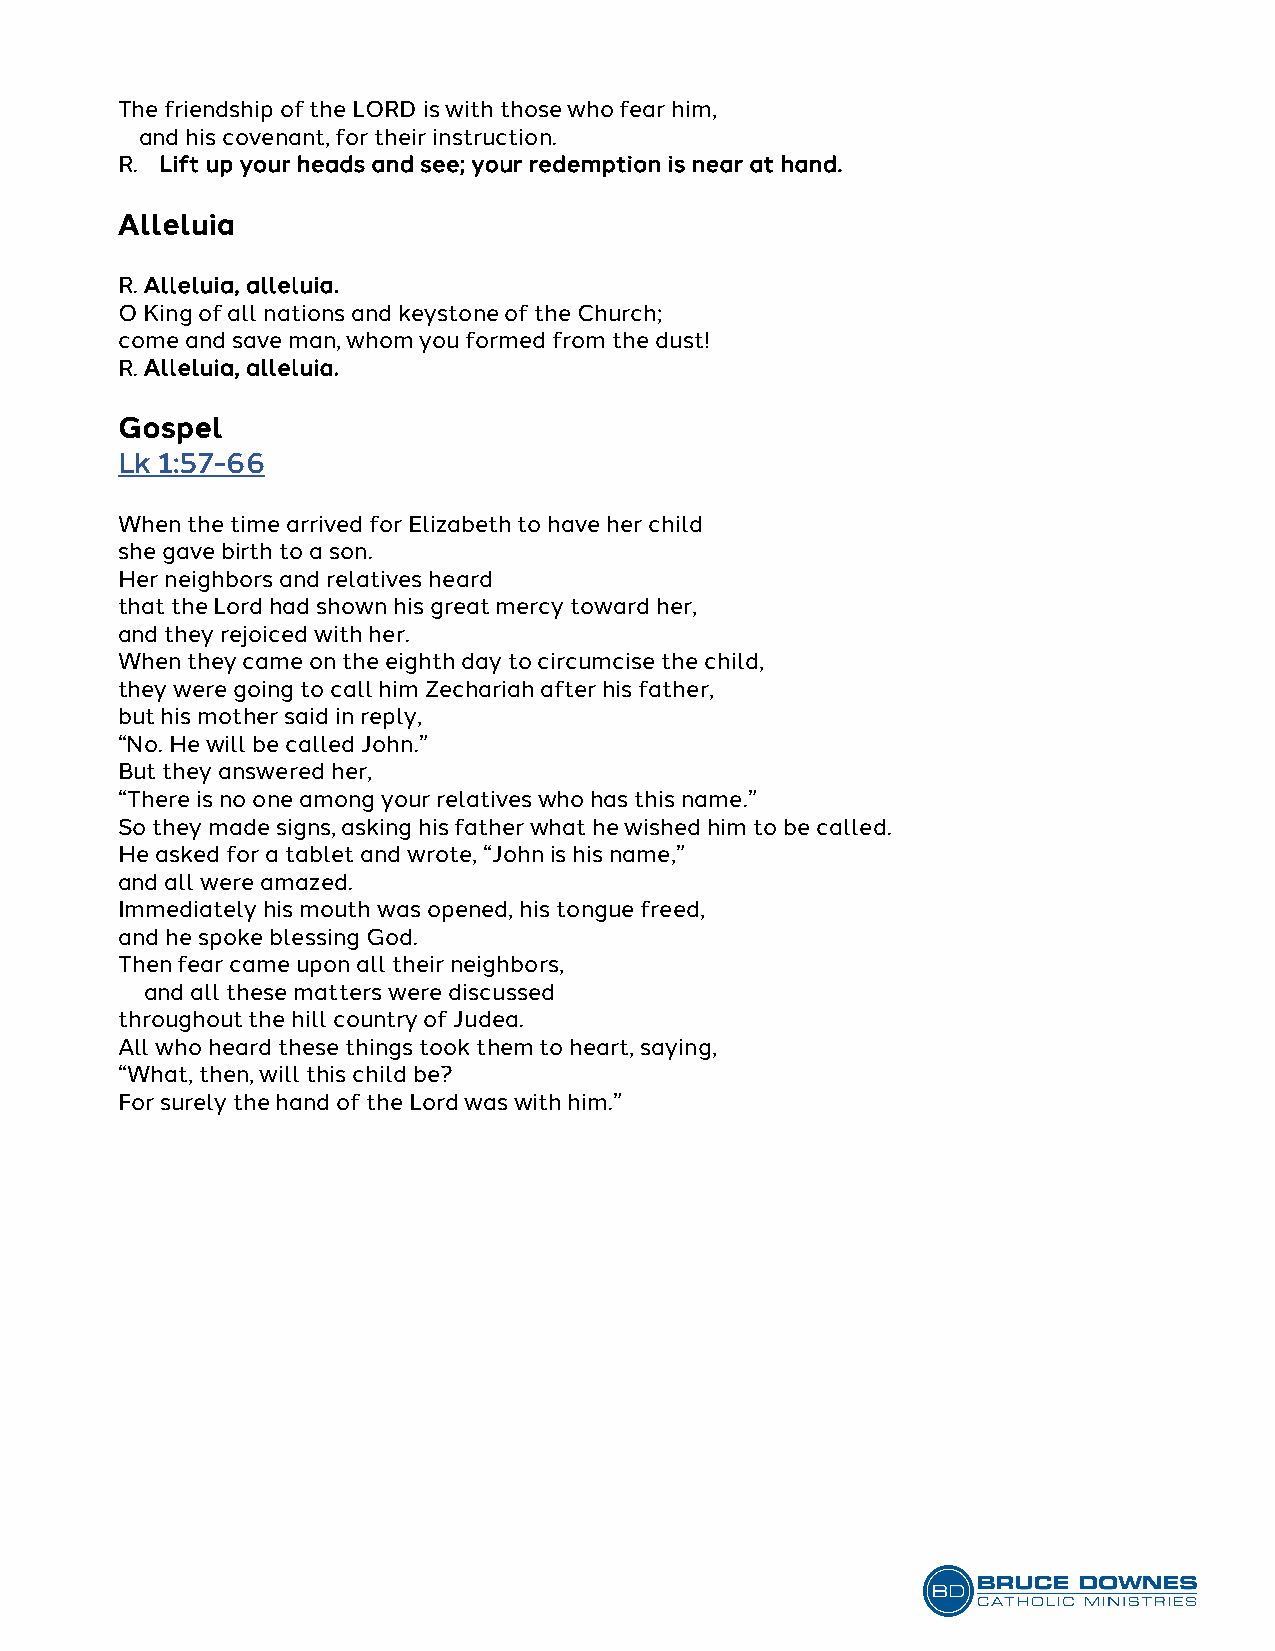
The friendship of the LORD is with those who fear him,
 and his covenant, for their instruction.
 R. Lift up your heads and see; your redemption is near at hand.
 Alleluia
 R. Alleluia, alleluia.
 O King of all nations and keystone of the Church;
 come and save man, whom you formed from the dust!
 R. Alleluia, alleluia.
 Gospel
 Lk 1:57-66
 When the time arrived for Elizabeth to have her child
 she gave birth to a son.
 Her neighbors and relatives heard
 that the Lord had shown his great mercy toward her,
 and they rejoiced with her.
 When they came on the eighth day to circumcise the child,
 they were going to call him Zechariah after his father,
 but his mother said in reply,
 “No. He will be called John.”
 But they answered her,
 “There is no one among your relatives who has this name.”
 So they made signs, asking his father what he wished him to be called.
 He asked for a tablet and wrote, “John is his name,”
 and all were amazed.
 Immediately his mouth was opened, his tongue freed,
 and he spoke blessing God.
 Then fear came upon all their neighbors,
 and all these matters were discussed
 throughout the hill country of Judea.
 All who heard these things took them to heart, saying,
 “What, then, will this child be?
 For surely the hand of the Lord was with him.”